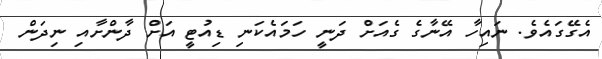
އެގޭގައެވެ. ނައިހާ އޭނާގެ ގެއަށް ދަނީ ހަމައެކަނި ޑިއުޓީ އަށް ދާންށާއި ނިދަން